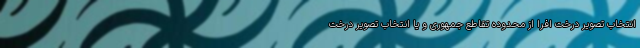
انتخاب تصویر درخت افرا از محدوده تقاطع جمهوری و یا انتخاب تصویر درخت